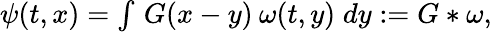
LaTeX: \begin{array}{r}{\psi(t,x)=\int\, G(x-y)\: \omega(t,y)\; dy:=G\ast\omega,}\end{array}